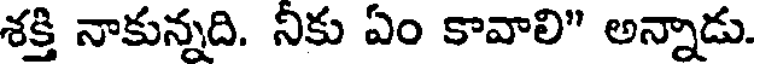
శక్తి నాకున్నది. నికు ఏం కావాలి" అన్నాడు.